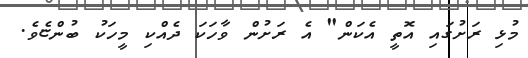
މުޅި ރަށުގައި އޮތީ އެކަން" އެ ރަށުން ވާހަކަ ދެއްކި މީހަކު ބުންޏެވެ.